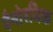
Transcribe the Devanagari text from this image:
पैनोरमिक